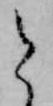
と